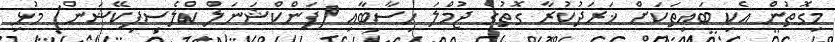
މިގޮތުން އެކި ބައިތަކަށް ޚަރަދުކުރާ ގޮތުގެ ޖުމްލަ ހިސާބާއި (ފަންކްޝަނަލް ކްލެސިފިކޭޝަން) މުޅި